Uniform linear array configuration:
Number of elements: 8
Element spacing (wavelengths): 0.25
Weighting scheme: hann
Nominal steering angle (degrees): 0
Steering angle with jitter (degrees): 0.2665
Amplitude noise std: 0.05
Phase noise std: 0.05

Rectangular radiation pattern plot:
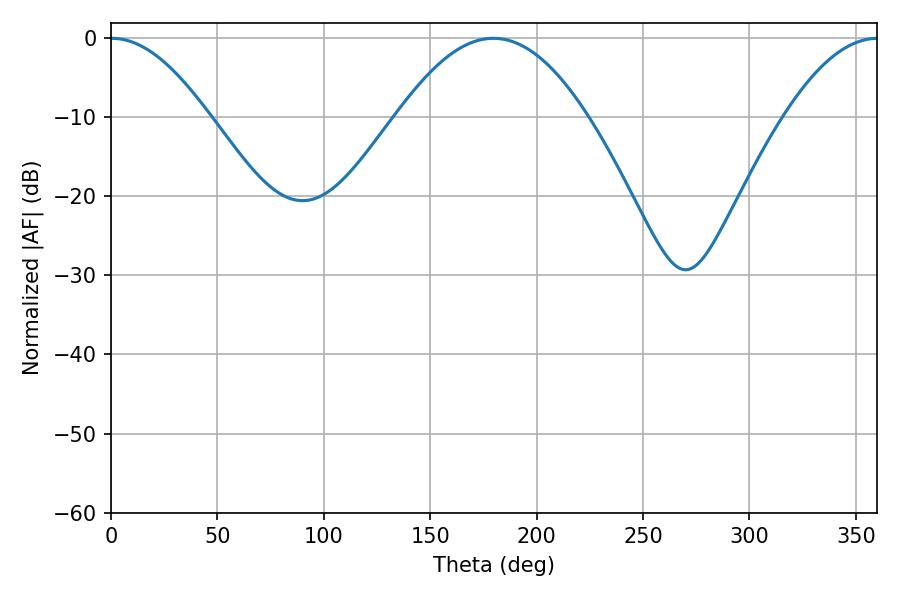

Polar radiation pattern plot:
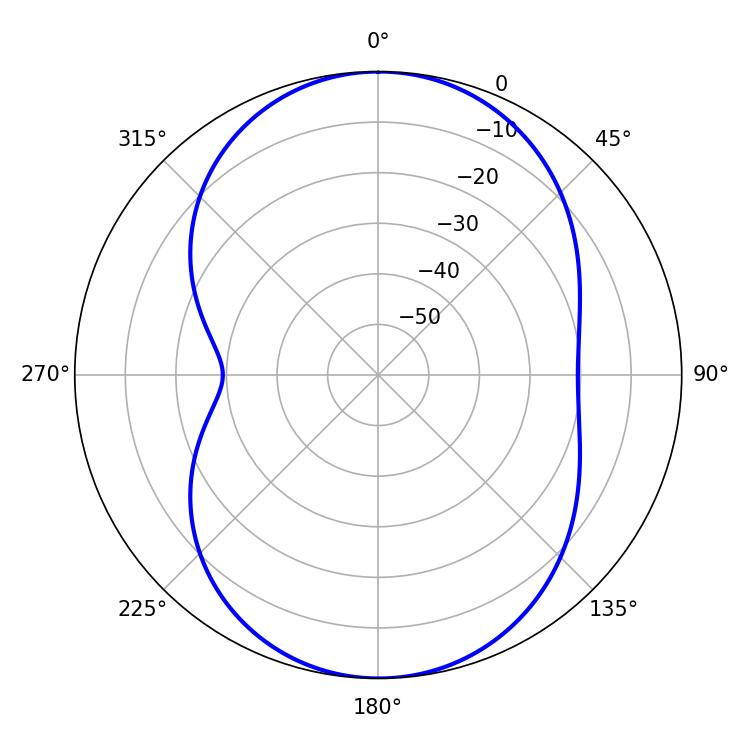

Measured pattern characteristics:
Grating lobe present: FALSE
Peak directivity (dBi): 17.391
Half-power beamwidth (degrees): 24.84
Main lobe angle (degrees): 0.36